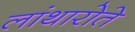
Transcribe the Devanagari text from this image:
लांथारोते